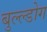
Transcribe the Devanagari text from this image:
बुल्ल्डोग